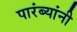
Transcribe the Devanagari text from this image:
पारंब्यांनी